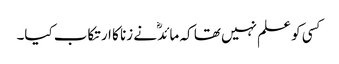
کسی کو علم نہیں تھا کہ مائدؓ نے زنا کا ارتکاب کیا۔